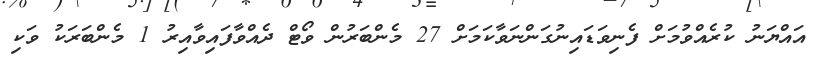
އައްޔަނު ކުރެއްވުމަށް ފެނިވަޑައިނުގަންނަވާކަމަށް 27 މެންބަރުން ވޯޓް ދެއްވާފައިވާއިރު 1 މެންބަރަކު ވަކި